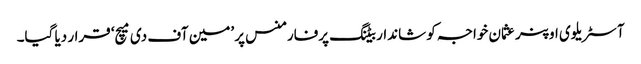
آسٹریلوی اوپنر عثمان خواجہ کو شاندار بیٹنگ پرفارمنس پر ’مین آف دی میچ‘ قرار دیا گیا۔